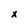
Character: x